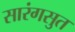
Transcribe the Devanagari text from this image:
सारंगसुत